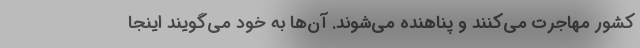
کشور مهاجرت می‌کنند و پناهنده می‌شوند. آن‌ها به خود می‌گویند اینجا